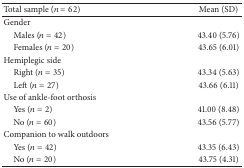
<table><thead><tr><td><b>Total sample (<i>n</i> = 62)</b></td><td><b>Mean (SD)</b></td></tr></thead><tbody><tr><td>Gender</td><td> </td></tr><tr><td> Males (<i>n</i> = 42)</td><td>43.40 (5.76)</td></tr><tr><td> Females (<i>n</i> = 20)</td><td>43.65 (6.01)</td></tr><tr><td>Hemiplegic side</td><td> </td></tr><tr><td> Right (<i>n</i> = 35)</td><td>43.34 (5.63)</td></tr><tr><td> Left (<i>n</i> = 27)</td><td>43.66 (6.11)</td></tr><tr><td>Use of ankle-foot orthosis</td><td> </td></tr><tr><td> Yes (<i>n</i> = 2)</td><td>41.00 (8.48)</td></tr><tr><td> No (<i>n</i> = 60)</td><td>43.56 (5.77)</td></tr><tr><td>Companion to walk outdoors</td><td> </td></tr><tr><td> Yes (<i>n</i> = 42)</td><td>43.35 (6.43)</td></tr><tr><td> No (<i>n</i> = 20)</td><td>43.75 (4.31)</td></tr></tbody></table>